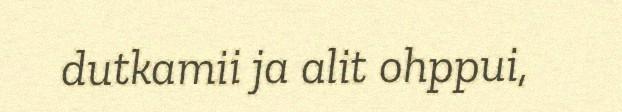
dutkamii ja alit ohppui,